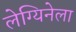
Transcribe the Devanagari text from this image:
लेग्यिनेला